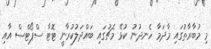
މި މުބާރާތުގައި މާދަމާ ހެނދުުނު ކުޅޭ މެޗުގައި ބައްދަލުކުރާނީ ޓޮޓާ ސްޕޯޓްސް އާއި